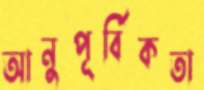
আনুপূর্বিকতা